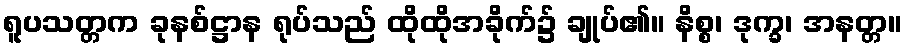
ရူပသတ္တက ခုနစ်ဋ္ဌာန ရုပ်သည် ထိုထိုအခိုက်၌ ချုပ်၏။ နိစ္စ၊ ဒုက္ခ၊ အနတ္တ။